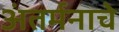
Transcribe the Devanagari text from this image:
अंतर्मनाचे